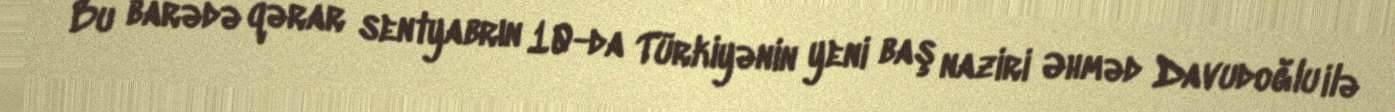
Bu barədə qərar sentyabrın 10-da Türkiyənin yeni baş naziri Əhməd Davudoğlu ilə